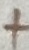
Text: +